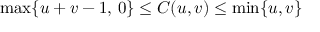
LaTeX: \operatorname* { m a x } \{ u + v - 1 , \, 0 \} \leq C ( u , v ) \leq \operatorname* { m i n } \{ u , v \}